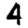
Digit: 4